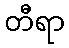
တီရာ